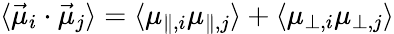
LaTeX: \begin{array}{r}{\langle\vec{\mu}_{i}\cdot\vec{\mu}_{j}\rangle=\langle\mu_{\parallel,i}\mu_{\parallel,j}\rangle+\langle\mu_{\perp,i}\mu_{\perp,j}\rangle}\end{array}